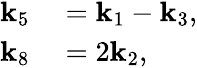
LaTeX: \begin{array}{rl}{\mathbf{k}_{5}}&{{}=\mathbf{k}_{1}-\mathbf{k}_{3},}\\ {\mathbf{k}_{8}}&{{}=2\mathbf{k}_{2},}\end{array}